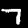
Digit: 7